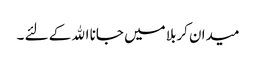
میدان کربلا میں جانا اﷲ کے لئے ۔